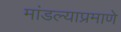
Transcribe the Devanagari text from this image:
मांडल्याप्रमाणे